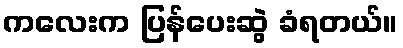
ကလေးက ပြန်ပေးဆွဲ ခံရတယ်။